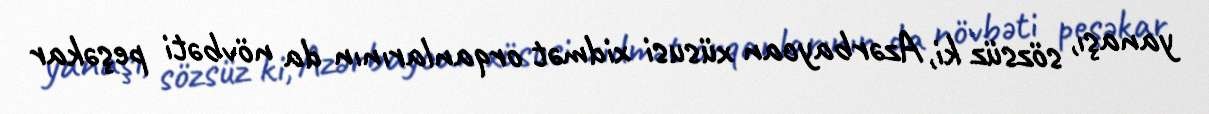
yanaşı, sözsüz ki, Azərbaycan xüsusi xidmət orqanlarının da növbəti peşəkar